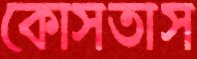
কোসতাস